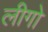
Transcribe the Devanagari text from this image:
लीगो